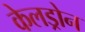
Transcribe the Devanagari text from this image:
केलड्रोन